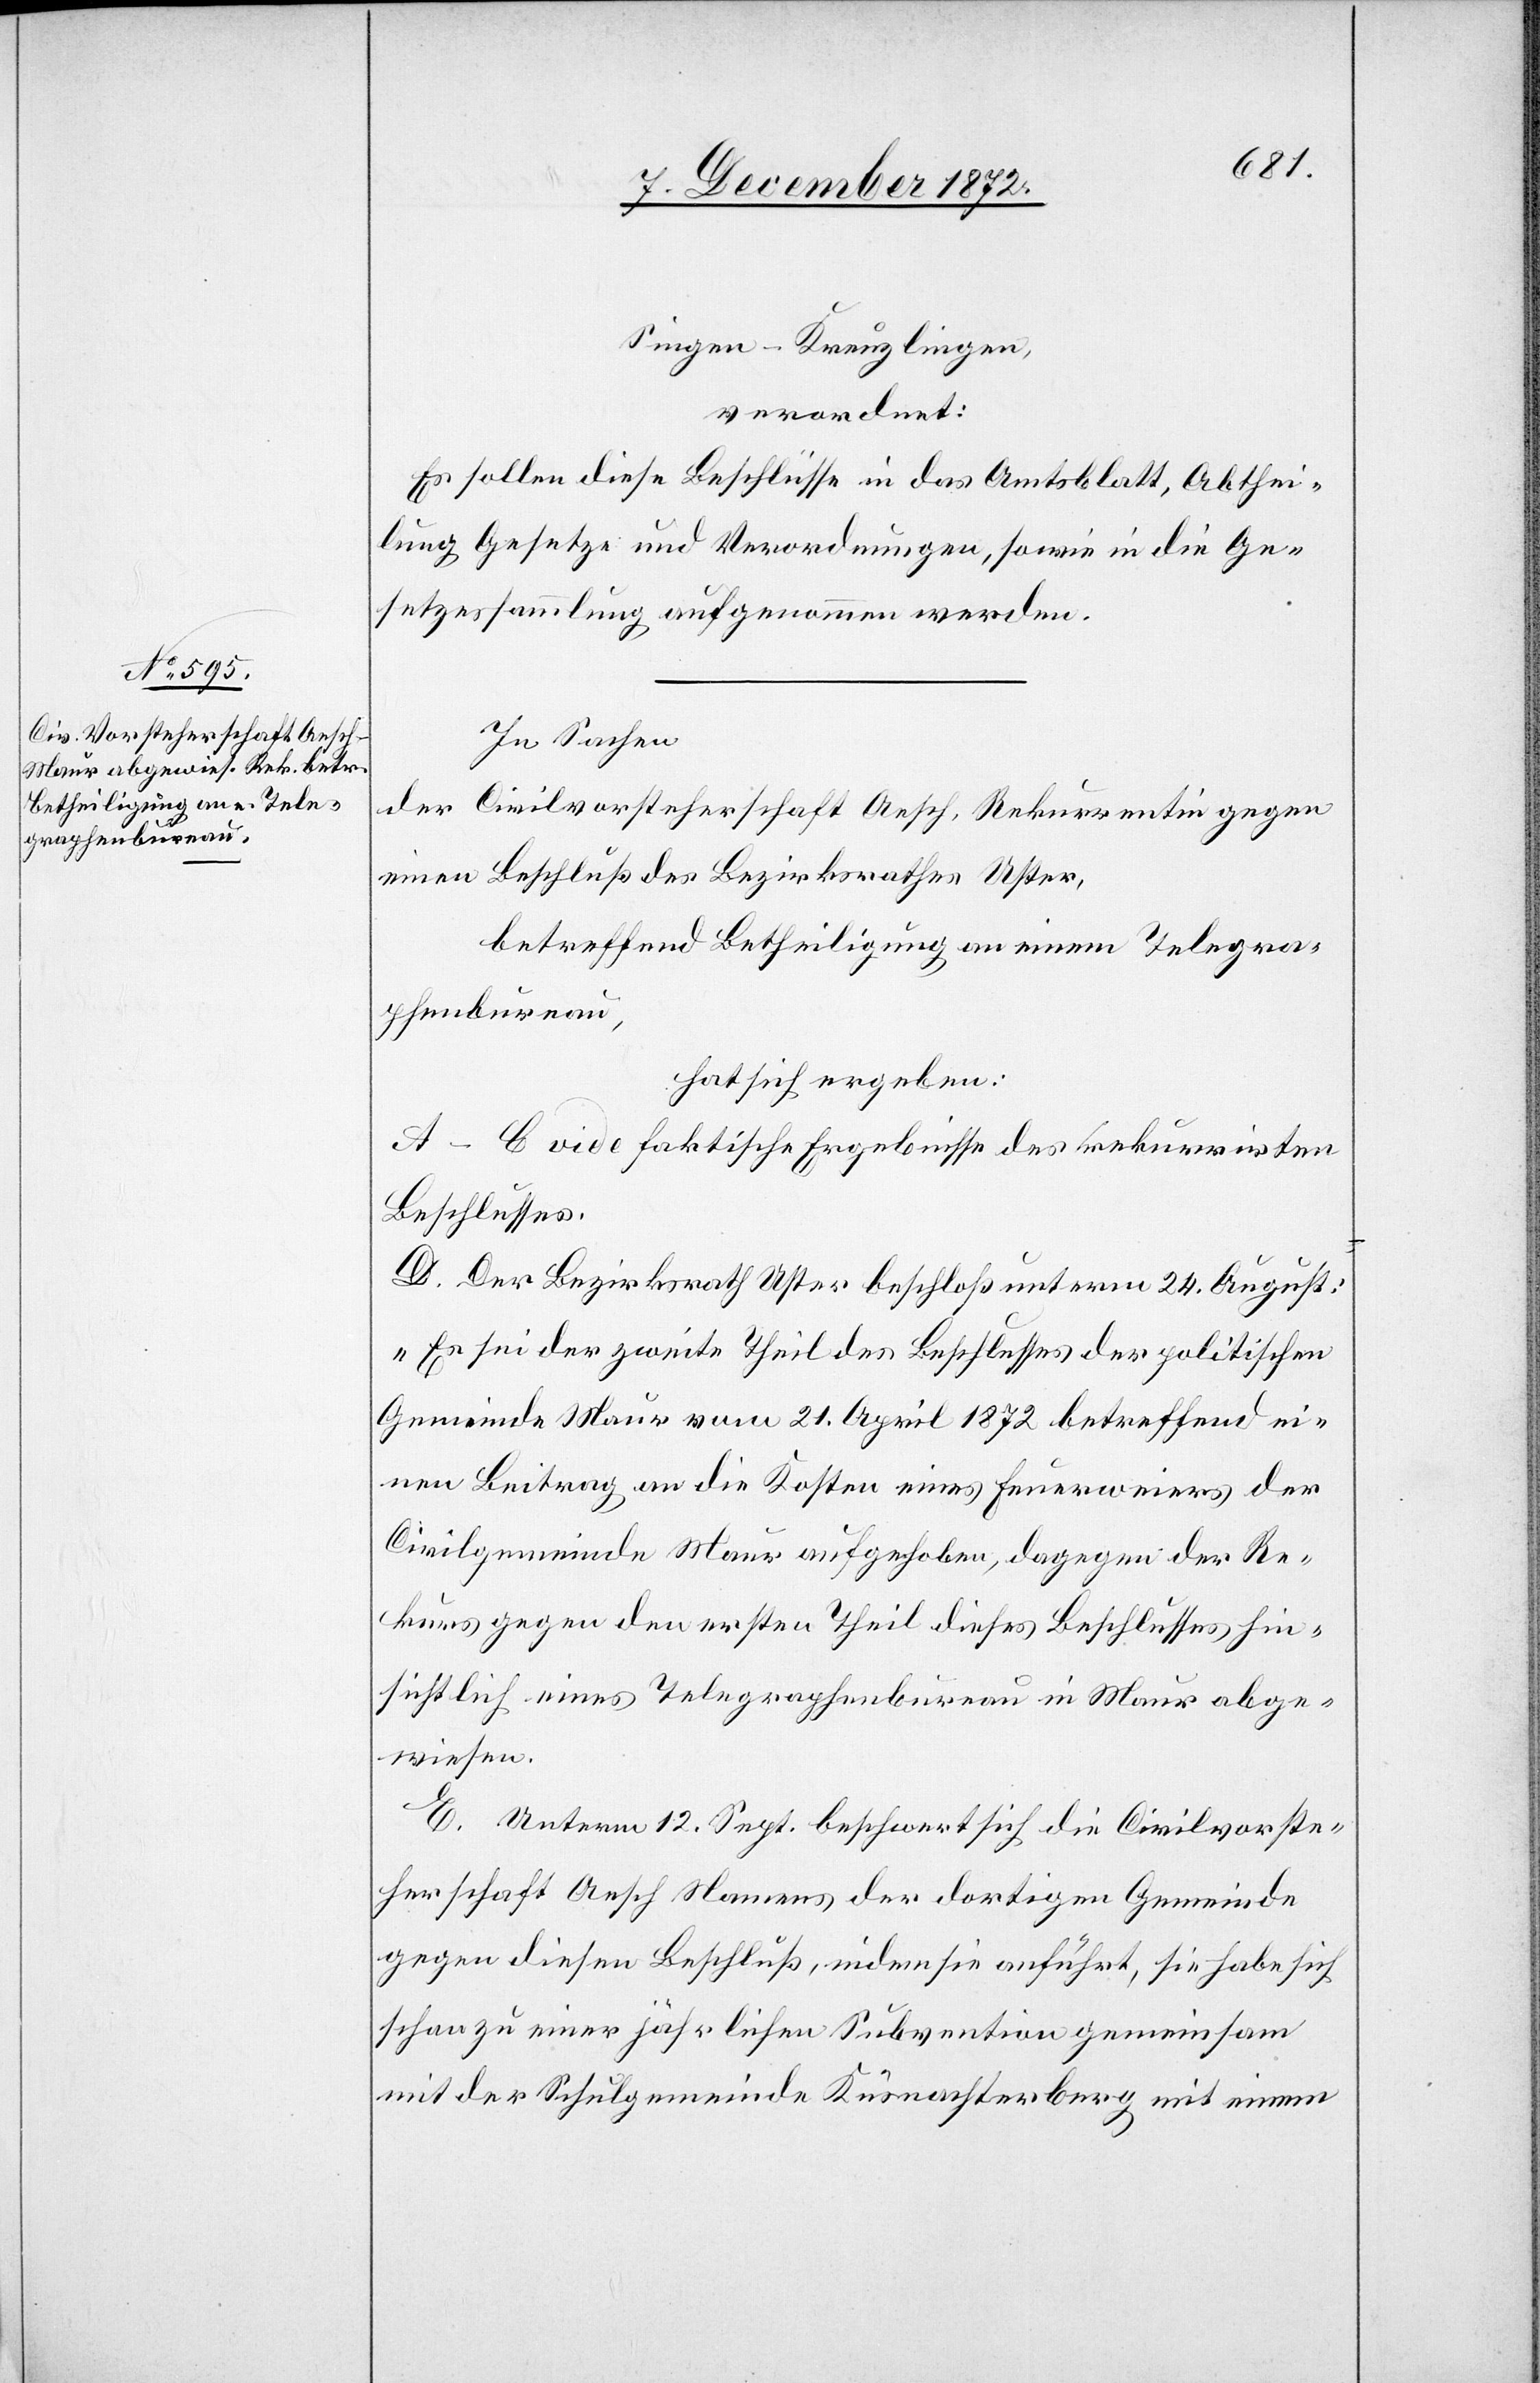
Singen–Kreuzlingen,
verordnet:
Es sollen diese Beschlüsse in das Amtsblatt, Abthei¬
lung Gesetze und Verordnungen, sowie in die Ge¬
setzessammlung aufgenommen werden.
In Sachen
der Civilvorsteherschaft Aesch, Rekurrentin gegen
einen Beschluß des Bezirksrathes Uster,
betreffend Betheiligung an einem Telegra¬
phenbureau,
hat sich ergeben:
A–C vide faktische Ergebnisse des rekurrirten
Beschlusses.
D. Der Bezirksrath Uster beschloß unterm 24. August:
„Es sei der zweite Theil des Beschlusses der politischen
Gemeinde Maur vom 21. April 1872 betreffend ei¬
nen Beitrag an die Kosten eines Feuerweiers der
Civilgemeinde Maur aufgehoben, dagegen der Re¬
kurs gegen den ersten Theil dieses Beschlusses hin¬
sichtlich eines Telegraphenbureau in Maur abge¬
wiesen.
E. Unterm 12. Sept. beschwert sich die Civilvorste¬
herschaft Aesch Namens der dortigen Gemeinde
gegen diesen Beschluß, indem sie anführt, sie habe sich
schon zu einer jährlichen Subvention gemeinsam
mit der Schulgemeinde Küsnachterberg mit einem